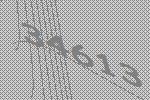
34613